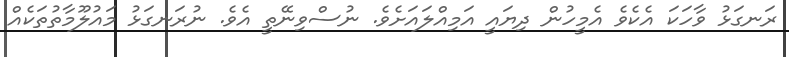
ރަނގަޅު ވާހަކަ އެކެވެ އެމީހުން ދިޔައީ އަމިއްލައަށެވެ. ނުސްވިނޭތީ އެވެ. ނުރަނގަޅު މައުލޫމާތުތަކެއް